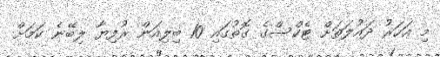
މި އަހަރު ދައުލަތަށް ޓެކްސްގެ ގޮތުގައި 10 ބިލިއަން ރުފިޔާ ލިބޭނެ ކަމަށް